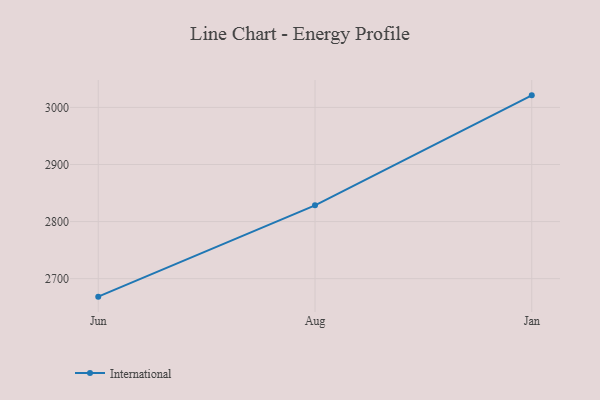
{"axis": {"x": "Month", "y": "Temperature (°C)"}, "legend": ["International"], "data": [{"x": "Jun", "y": 2668.5, "type": "International"}, {"x": "Aug", "y": 2828.5, "type": "International"}, {"x": "Jan", "y": 3021.1, "type": "International"}]}